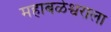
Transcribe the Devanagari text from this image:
महाबळेश्वराला